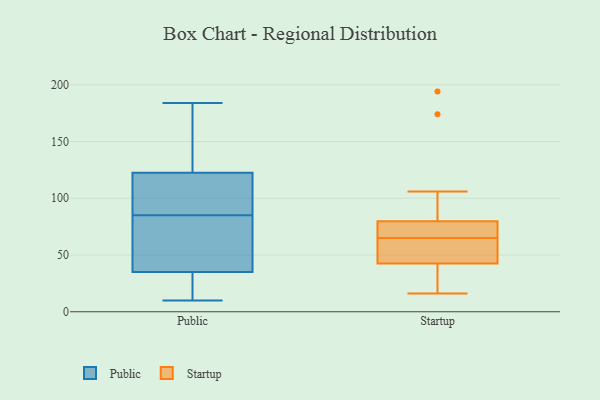
{"axis": {"x": "Conversion Rate (%)", "y": "Value"}, "legend": ["Public", "Startup"], "data": [{"x": "", "y": 37, "type": "Public"}, {"x": "", "y": 123, "type": "Public"}, {"x": "", "y": 38, "type": "Public"}, {"x": "", "y": 94, "type": "Public"}, {"x": "", "y": 24, "type": "Public"}, {"x": "", "y": 43, "type": "Public"}, {"x": "", "y": 110, "type": "Public"}, {"x": "", "y": 108, "type": "Public"}, {"x": "", "y": 94, "type": "Public"}, {"x": "", "y": 15, "type": "Public"}, {"x": "", "y": 184, "type": "Public"}, {"x": "", "y": 76, "type": "Public"}, {"x": "", "y": 33, "type": "Public"}, {"x": "", "y": 72, "type": "Public"}, {"x": "", "y": 10, "type": "Public"}, {"x": "", "y": 132, "type": "Public"}, {"x": "", "y": 171, "type": "Public"}, {"x": "", "y": 31, "type": "Public"}, {"x": "", "y": 151, "type": "Public"}, {"x": "", "y": 122, "type": "Public"}, {"x": "", "y": 16, "type": "Startup"}, {"x": "", "y": 194, "type": "Startup"}, {"x": "", "y": 65, "type": "Startup"}, {"x": "", "y": 44, "type": "Startup"}, {"x": "", "y": 66, "type": "Startup"}, {"x": "", "y": 71, "type": "Startup"}, {"x": "", "y": 174, "type": "Startup"}, {"x": "", "y": 54, "type": "Startup"}, {"x": "", "y": 38, "type": "Startup"}, {"x": "", "y": 67, "type": "Startup"}, {"x": "", "y": 30, "type": "Startup"}, {"x": "", "y": 106, "type": "Startup"}, {"x": "", "y": 44, "type": "Startup"}]}